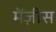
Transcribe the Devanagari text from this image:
मेंज़ीस